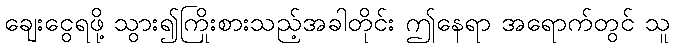
ချေးငွေရဖို့ သွား၍ကြိုးစားသည့်အခါတိုင်း ဤနေရာ အရောက်တွင် သူ